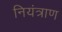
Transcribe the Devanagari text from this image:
नियंत्राण